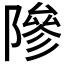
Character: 𬯘